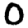
Digit: 0